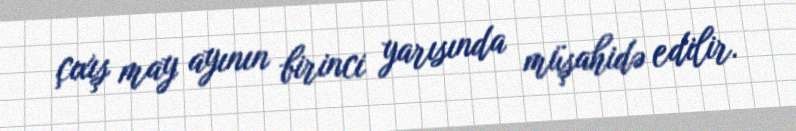
çıxış may ayının birinci yarısında müşahidə edilir.